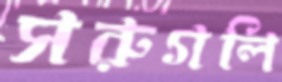
সরুগলি